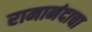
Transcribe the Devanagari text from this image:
रामानंदाचा